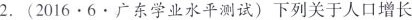
2.(2016.6广东学业水平测试)下列关于人口增长